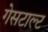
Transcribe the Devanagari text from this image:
गेसटाल्ट